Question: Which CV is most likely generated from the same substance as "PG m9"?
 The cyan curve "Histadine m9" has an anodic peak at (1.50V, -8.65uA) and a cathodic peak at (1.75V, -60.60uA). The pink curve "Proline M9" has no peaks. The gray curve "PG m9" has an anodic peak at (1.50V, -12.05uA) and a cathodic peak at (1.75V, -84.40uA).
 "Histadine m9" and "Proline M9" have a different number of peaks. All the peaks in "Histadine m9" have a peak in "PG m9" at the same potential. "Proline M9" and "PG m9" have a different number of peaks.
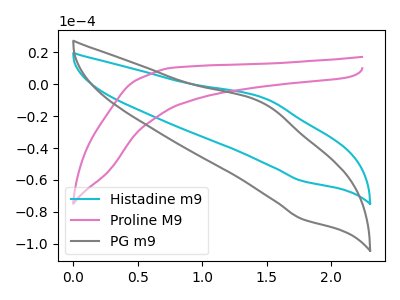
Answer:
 <answer>The CV with the most similar shape to "Histadine m9" is "PG m9".</answer>
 <eval>"PG m9"</eval>